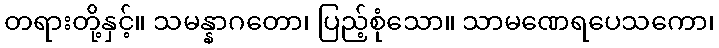
တရားတို့နှင့်။ သမန္နာဂတော၊ ပြည့်စုံသော။ သာမဏေရပေသကော၊